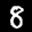
Digit: 8